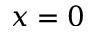
x = 0